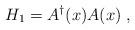
LaTeX: \begin{align*}H_1=A^\dagger(x)A(x)\;,\end{align*}